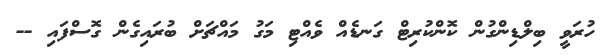
ހުރަވީ ބިލްޑިންގުން ކޮންކުރިޓް ގަނޑެއް ވެއްޓި މަގު މައްޗަށް ބުރައިގެން ގޮސްފައި --